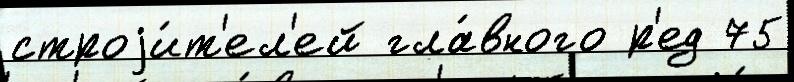
строjи́т'ел'ей гла́вного р'ед 75